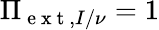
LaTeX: \Pi_{\mathrm{~e~x~t~},I/\nu}=1